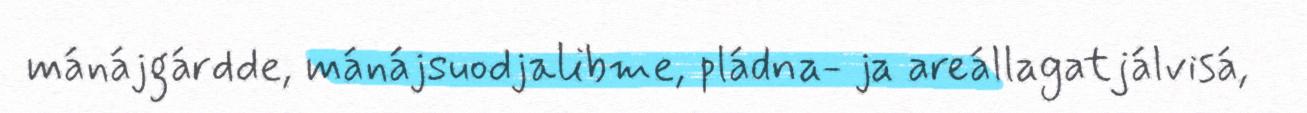
mánájgárdde, mánájsuodjalibme, pládna- ja areállagatjálvisá,